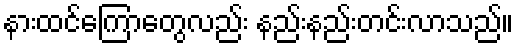
နားထင်ကြောတွေလည်း နည်းနည်းတင်းလာသည်။